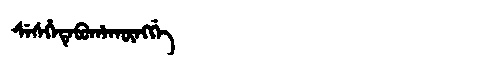
Manchu: ᠰᡝᠰᡥᡝᡨᡝᠪᡠᡥᠠᡴᡡᠩᡤᡝ
Romanization: SESHETEBUHAKŪNGGE